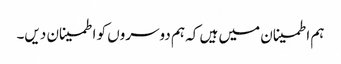
ہم اطمینان میں ہیں کہ ہم دوسروں کو اطمینان دیں۔